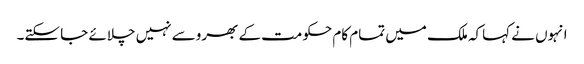
انہوں نے کہاکہ ملک میں تمام کام حکومت کے بھروسے نہیں چلائے جا سکتے۔